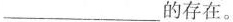
___的存在。